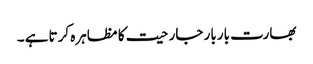
بھارت باربار جارحیت کا مظاہرہ کرتاہے ۔